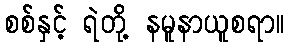
စစ်နှင့် ရဲတို့ နမူနာယူစရာ။